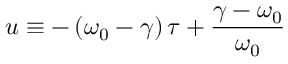
u \equiv - \left( \omega _ { 0 } - \gamma \right) \tau + \frac { \gamma - \omega _ { 0 } } { \omega _ { 0 } }